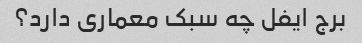
برج ایفل چه سبک معماری دارد؟